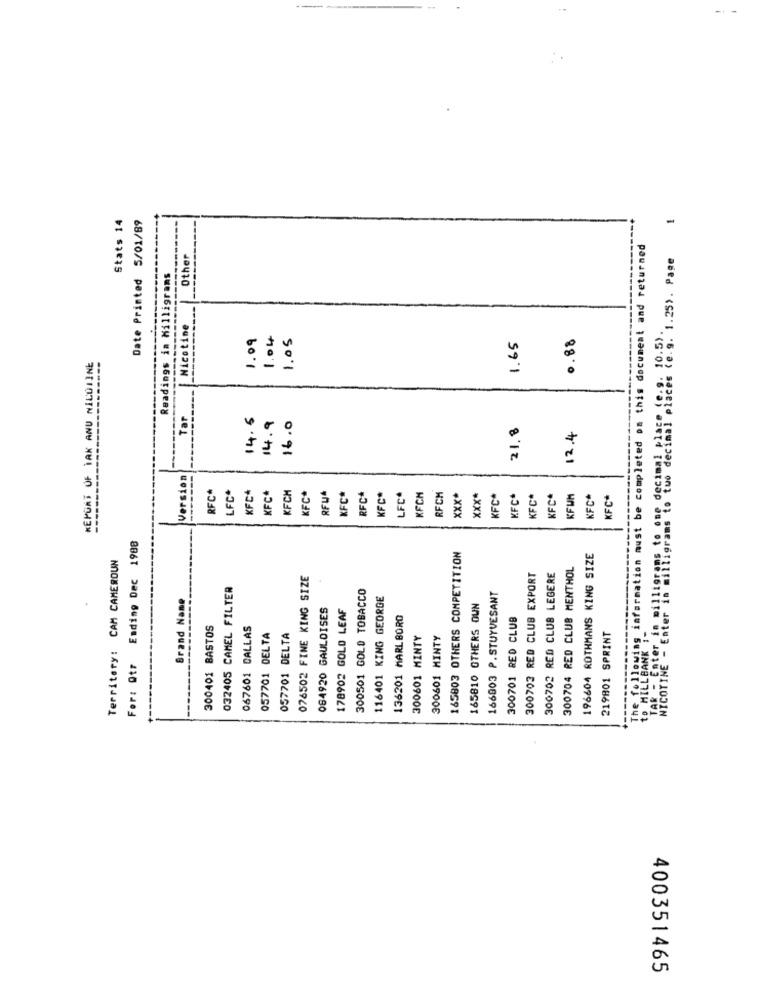
Stats 14
Date Printed 5/01/89
-
following information must be completed on this document and returned
Other
NICOTINE - Enter in milligrams to tuo decimal places (e.g. 1.25). Page
Readings in Milligrams
------
Nicotine
1.09
1.04
1.05
0.88
1.65
KEPORT OF TAK ANU NILDIINE
TAK - Enter in milligrams to one decimal place
Tar
14.5
14.9
16.0
21. 8
12.4
Version
RFC*
LFC*
KFC*
KFC*
KFCM
KFC*
RFUA
KFC*
RFC*
KFC*
LFC*
XFCH
RFCH
xxx*
xxx*
KFC*
KFC*
KFC*
KFC*
KFWH
KFC*
KFC
Ending Dec 1988
Territory: CAM CAMEROUN
165803 OTHERS COMPETITION
196604 ROTHMANS KING SIZE
300704 RED CLUB MENTHOL
076502 FINE KING SIZE
300703 RED CLUB EXPORT
300702 RED CLUB LEGERE
032405 CAMEL FILTER
300501 GOLD TOBACCO
Brand Name
116401 KING GEORGE
166803 P.STUYVESANT
084920 GAULOISES
178902 GOLD LEAF
165810 OTHERS OUN
136201 MARLBORO
300701 RED CLUB
300401 BASTOS
067601 DALLAS
057701 DELTA
057701 DELTA
300601 MINTY
300601 MINTY
219801 SPRINT
For: Qtr
to H
400351465